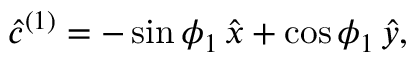
\hat { c } ^ { ( 1 ) } = - \sin \phi _ { 1 } \, \hat { x } + \cos \phi _ { 1 } \, \hat { y } ,